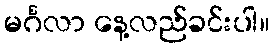
မင်္ဂလာ နေ့လည်ခင်းပါ။